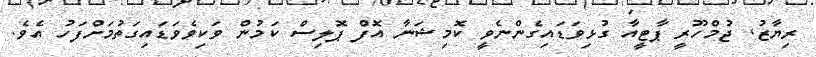
ރިޔާޒު